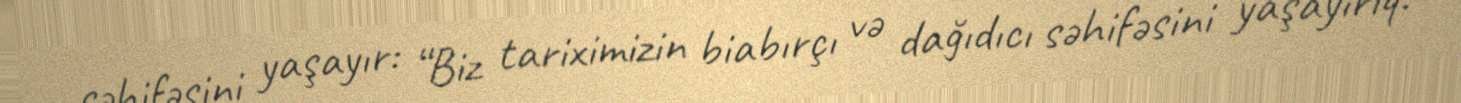
səhifəsini yaşayır: “Biz tariximizin biabırçı və dağıdıcı səhifəsini yaşayırıq.